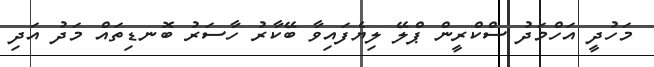
މަހުދީ އަހްމަދު ސްކްރީން ޕްލޭ ލިޔެފައިވާ ބޭކާރު ހާސަރު ބޮނޑިތައް މަދު އަދި